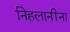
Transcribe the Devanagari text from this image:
निहलानींना